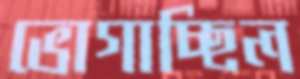
ভোগাচ্ছিল